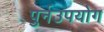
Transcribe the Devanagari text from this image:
पुर्नउपयोग